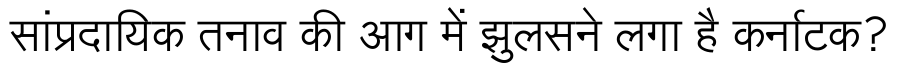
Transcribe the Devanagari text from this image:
सांप्रदायिक तनाव की आग में झुलसने लगा है कर्नाटक?